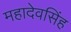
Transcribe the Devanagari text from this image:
महादेवसिंह